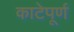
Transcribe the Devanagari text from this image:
काटेपूर्ण